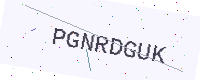
Text: PGNRDGUK